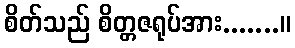
စိတ်သည် စိတ္တဇရုပ်အား.......။